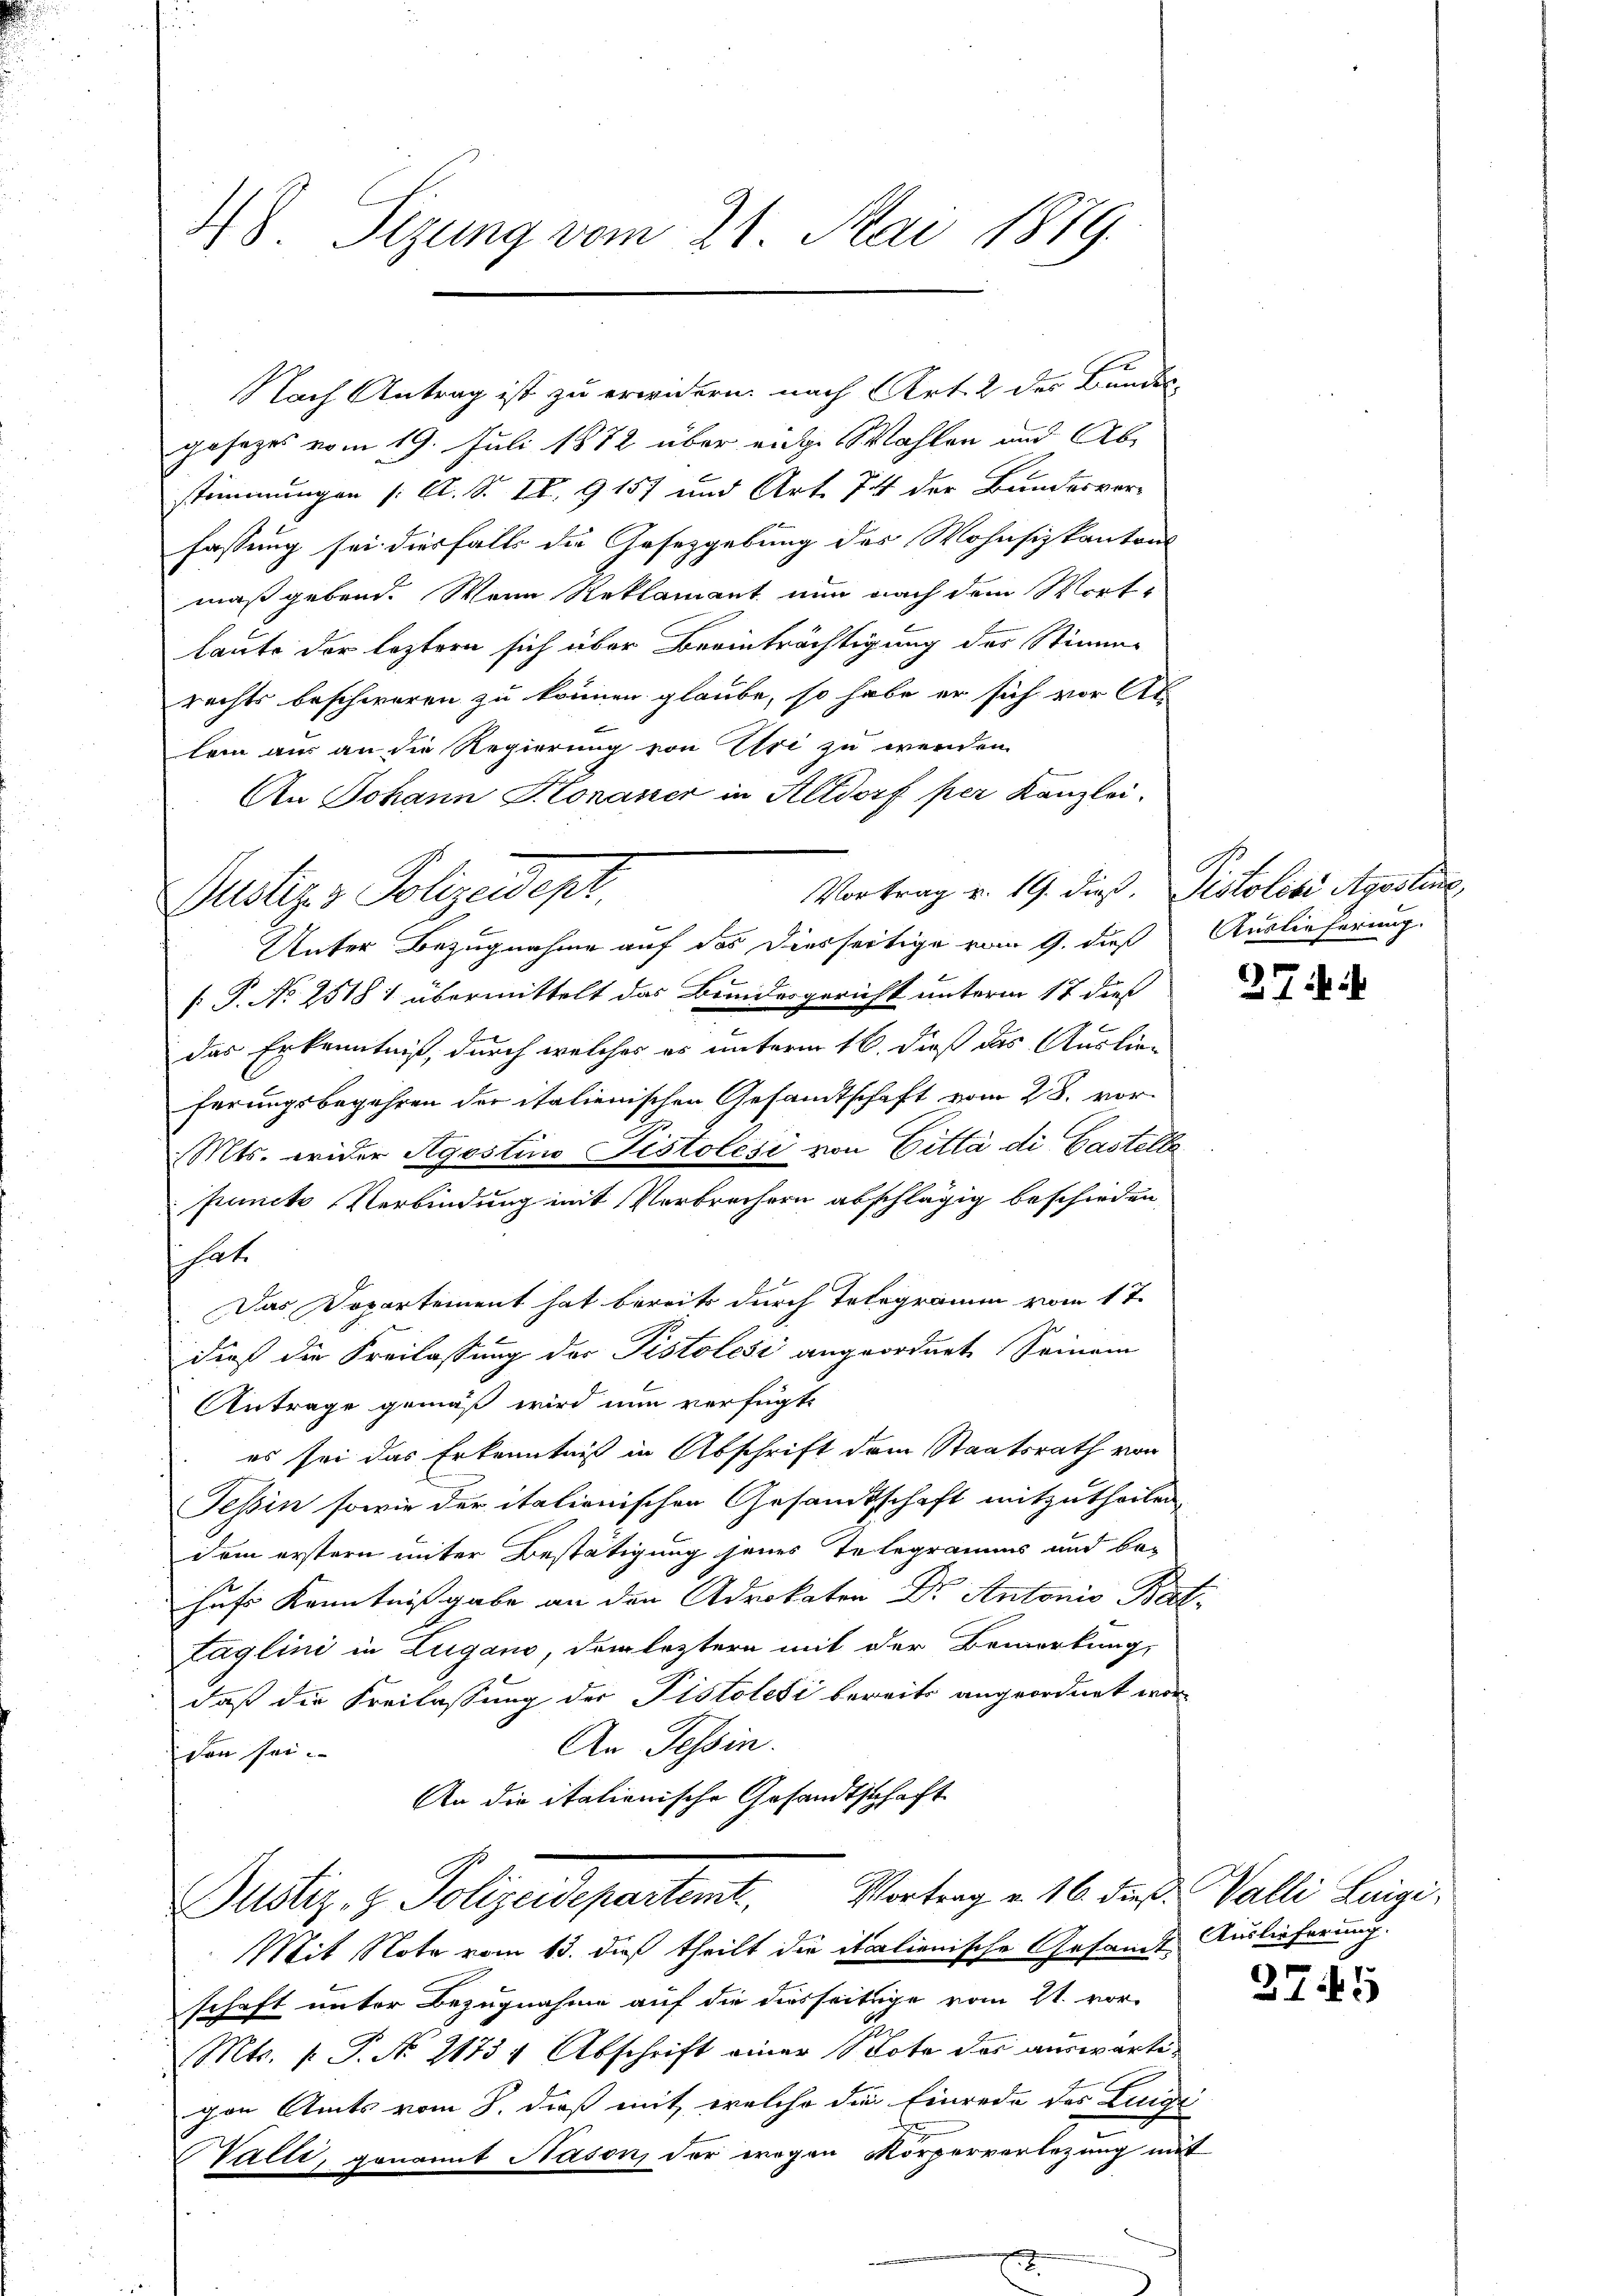
48 Sizung vom 21. Mai 1879.

Nach Antrag ist zu erwidern nach Art. 2 des Bundes-
gesezes vom 19. Juli 1872 über eine Wahlen und Abstimmungen /: A. S. 18. 9157 und Art. 74 der Bundesverfassung sei diesfalls die Gesetzgebung des Wohnsizkantons
maßgebend. Wenn Reklamant nun nach dem Wort-
laute der leztern sich über Beeinträchtigung des Stimme
rechts beschweren zu können glaube, so habe er sich vor Ab-
lem aus an die Regierung von Uri zu werden.
An Johann Honauer in Altdorf per Kanzlei.
Vortrag v. 19. dieß. Pistolisi Agostine
Unter Bezugnahme auf das diesseitige vom 9. dieß Auslieferung
[ P. No 25181 übermittelt das Bundesgericht unterm 17 dieß
das Erkenntniß, durch welches es unterm 16. dieß das Auslieferungsbegehren der italienischen Gesandtschaft vom 28. vor¬
Mts. wider Agostino Pistolesi von Gittà di Gastelle
puncto Verbindung mit Verbrechern abschlägig beschieden,
ihet
Das Dopartement hat bereits durch Telegramm vom 17.
dieß die Freilassung der Pistolesi angeordnet Seinem
Antrage gemäß wird nun verfügte
es sei das Erkenntniß in Abschrift dem Staatsrath von
Tessin sowie der italienischen Gesandtschaft mitzutheilen.
dem erstern unter Bestätigung jenes Telegramms und be-
hufs Kenntnißgabe an den Advokaten Dr. Antonio Bat.
taglini in Lugano, dem leztern mit der Bemerkung,
daß die Freilassung der Pistolesi bereits angeordnet wor¬
An Tessin.
den sei.
An die italienische Gesandtschaft
Justiz- & Polizeidepartemt. Vortrag v. 16. des Valli Luigi¬
Mit Note vom 13. dieß theilt die italienische Gesandt Auslieferung.
schaft unter Bezugnahme auf die diesseitige vom 21. vor-
Mts. f. P. No 21734 Abschrift einer Bote des auswärtigen Amts vom 8. dieß mit, welche die Einrede des Lunge
Valli, genannt Nason, der wegen Körperverlegung mit

ustiz & Polizeidept,

37

3745